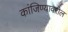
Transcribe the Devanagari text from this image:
कांजिण्यावरील